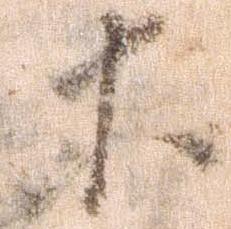
等